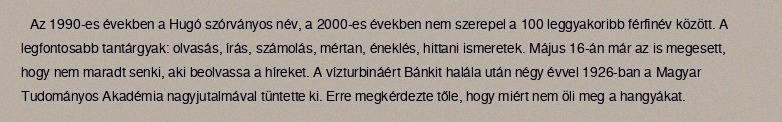
Az 1990-es években a Hugó szórványos név, a 2000-es években nem szerepel a 100 leggyakoribb férfinév között. A legfontosabb tantárgyak: olvasás, írás, számolás, mértan, éneklés, hittani ismeretek. Május 16-án már az is megesett, hogy nem maradt senki, aki beolvassa a híreket. A vízturbináért Bánkit halála után négy évvel 1926-ban a Magyar Tudományos Akadémia nagyjutalmával tüntette ki. Erre megkérdezte tőle, hogy miért nem öli meg a hangyákat.